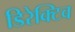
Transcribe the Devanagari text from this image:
डिरेक्टिव